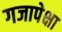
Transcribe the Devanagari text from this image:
गजापेक्षा